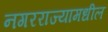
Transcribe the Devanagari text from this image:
नगरराज्यामधील